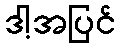
ဒါ့အပြင်